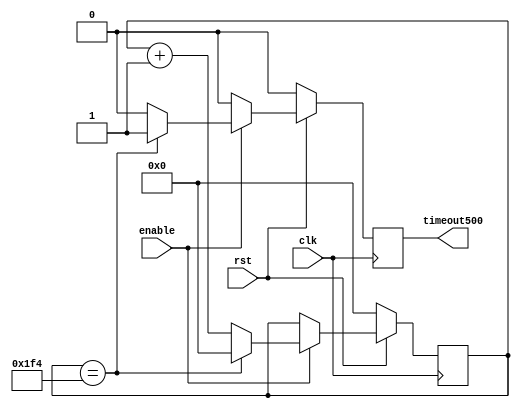
module countTo500(timeout500, enable, rst, clk);
	input clk, rst, enable;
	output timeout500;
	reg timeout500;
	reg [8:0] count;

always@(posedge clk) begin
	if(rst==0) begin
		count<=0;
		timeout500<=0;
	end
	else begin
		if(enable==0) begin
			timeout500<=0;
		end
		else begin
			if(count==500) begin
				timeout500<=1;
				count<=0;
			end
			else begin
				count<=count+1;
				timeout500<=0;
			end
		end
	end
end
endmodule